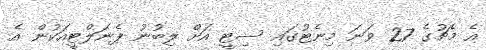
އެ މެޗުގެ 27 ވަނަ މިނެޓުގައި ސިޓީ އަށް ލިބުނު ޕެނަލްޓީއަކުން އެ